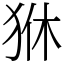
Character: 㹯